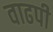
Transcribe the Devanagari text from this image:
वाढपी